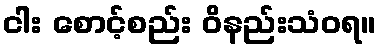
ငါး စောင့်စည်း ဝိနည်းသံဝရ။